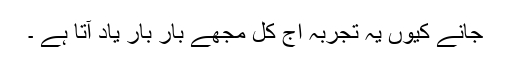
جانے کیوں یہ تجربہ اج کل مجھے بار بار یاد آتا ہے ۔